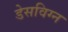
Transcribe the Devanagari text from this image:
डेसविग्न